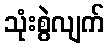
သုံးစွဲလျက်